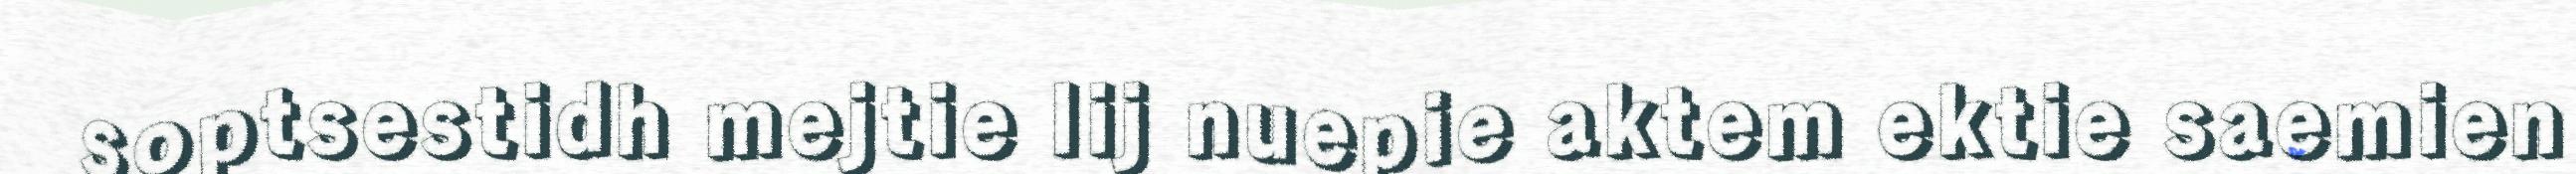
soptsestidh mejtie lij nuepie aktem ektie saemien